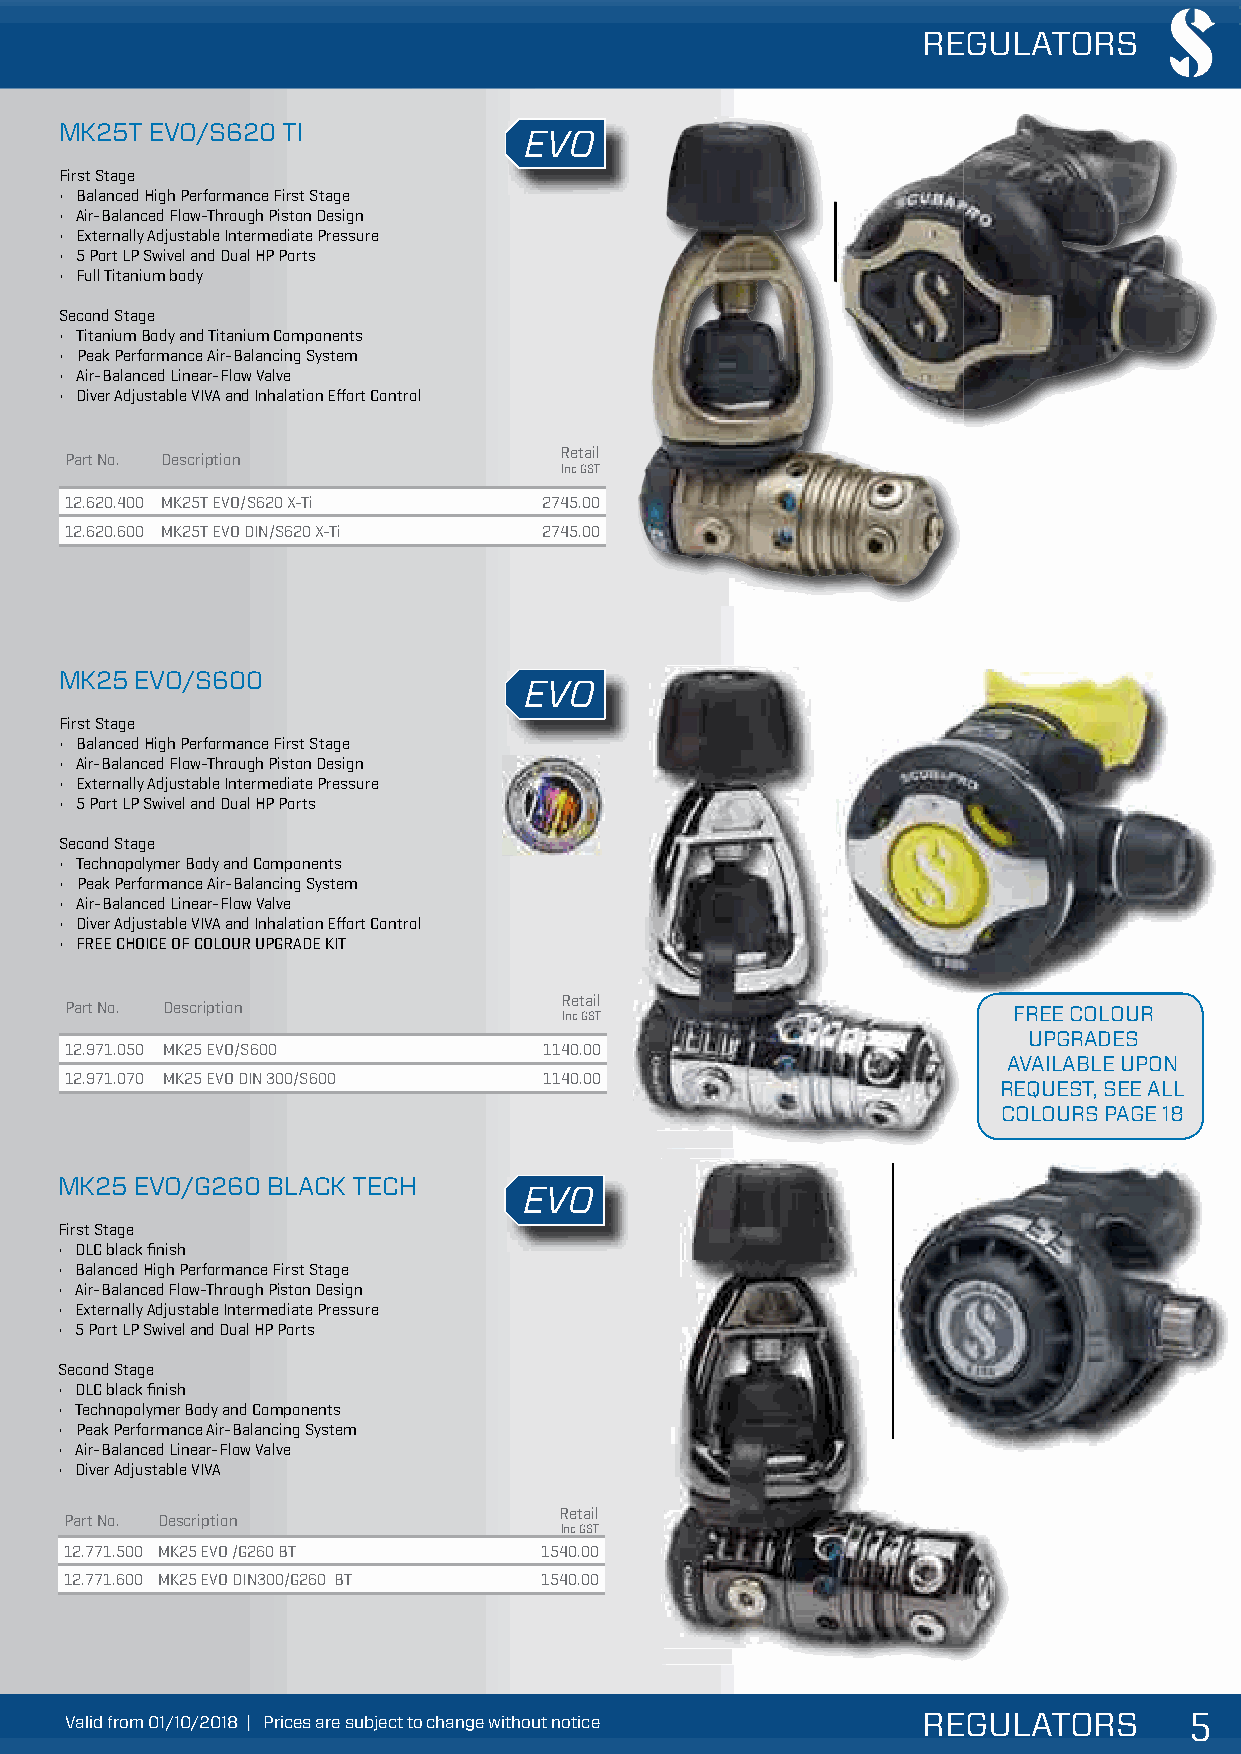
REGULATORS
 MK25T EVO/S620 TI
 EVO
 First Stage
 • Balanced High Performance First Stage
 • Air-Balanced Flow-Through Piston Design
 • Externally Adjustable Intermediate Pressure
 • 5 Port LP Swivel and Dual HP Ports
 • Full Titanium body
 Second Stage
 • Titanium Body and Titanium Components
 • Peak Performance Air-Balancing System
 • Air-Balanced Linear-Flow Valve
 • Diver Adjustable VIVA and Inhalation Effort Control
 Retail
 Part No. Description
 Inc GST
 12.620.400 MK25T EVO/S620 X-Ti  2745.00
 12.620.600 MK25T EVO DIN/S620 X-Ti 2745.00
 MK25 EVO/S600
 EVO
 First Stage
 • Balanced High Performance First Stage
 • Air-Balanced Flow-Through Piston Design
 • Externally Adjustable Intermediate Pressure
 • 5 Port LP Swivel and Dual HP Ports
 Second Stage
 • Technopolymer Body and Components
 • Peak Performance Air-Balancing System
 • Air-Balanced Linear-Flow Valve
 • Diver Adjustable VIVA and Inhalation Effort Control
 • FREE CHOICE OF COLOUR UPGRADE KIT
 Retail
 Part No. Description
 Inc GST                       FREE COLOUR
 UPGRADES
 12.971.050 MK25 EVO/S600        1140.00
 AVAILABLE UPON
 12.971.070 MK25 EVO DIN 300/S600 1140.00
 REQUEST, SEE ALL
 COLOURS PAGE 18
 MK25 EVO/G260 BLACK TECH
 EVO
 First Stage
 • DLC black finish
 • Balanced High Performance First Stage
 • Air-Balanced Flow-Through Piston Design
 • Externally Adjustable Intermediate Pressure
 • 5 Port LP Swivel and Dual HP Ports
 Second Stage
 • DLC black finish
 • Technopolymer Body and Components
 • Peak Performance Air-Balancing System
 • Air-Balanced Linear-Flow Valve
 • Diver Adjustable VIVA
 Retail
 Part No. Description
 Inc GST
 12.771.500 MK25 EVO /G260 BT    1540.00
 12.771.600 MK25 EVO DIN300/G260 BT 1540.00
 VVVaaallliiiddd fffrrrooommm 000111///111000///222000111888 ||| PPPrrriiiccceeesss aaarrreee sssuuubbbjjjeeecccttt tttooo ccchhhaaannngggeee wwwiiittthhhooouuuttt nnnoootttiiiccceee REGULATORS 555